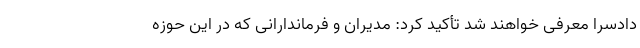
دادسرا معرفی خواهند شد تأکید کرد: مدیران و فرماندارانی که در این حوزه